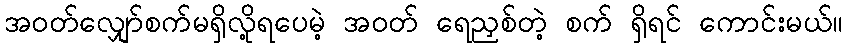
အဝတ်လျှော်စက်မရှိလို့ရပေမဲ့ အဝတ် ရေညှစ်တဲ့ စက် ရှိရင် ကောင်းမယ်။